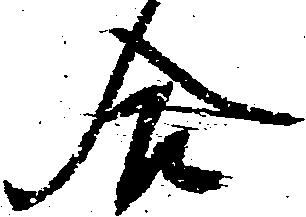
合